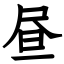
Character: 昼